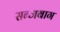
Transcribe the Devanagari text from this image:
सब्जबाग